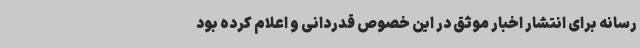
رسانه برای انتشار اخبار موثق در این خصوص قدردانی و اعلام کرده بود